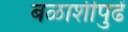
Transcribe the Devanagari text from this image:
बळाशीपुढें